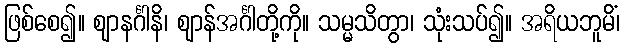
ဖြစ်စေ၍။ ဈာနင်္ဂါနိ၊ ဈာန်အင်္ဂါတို့ကို။ သမ္မသိတွာ၊ သုံးသပ်၍။ အရိယဘူမိံ၊